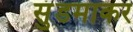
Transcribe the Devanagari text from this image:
सुंडमाकर